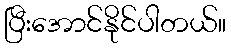
ပြီးအောင်နိုင်ပါတယ်။